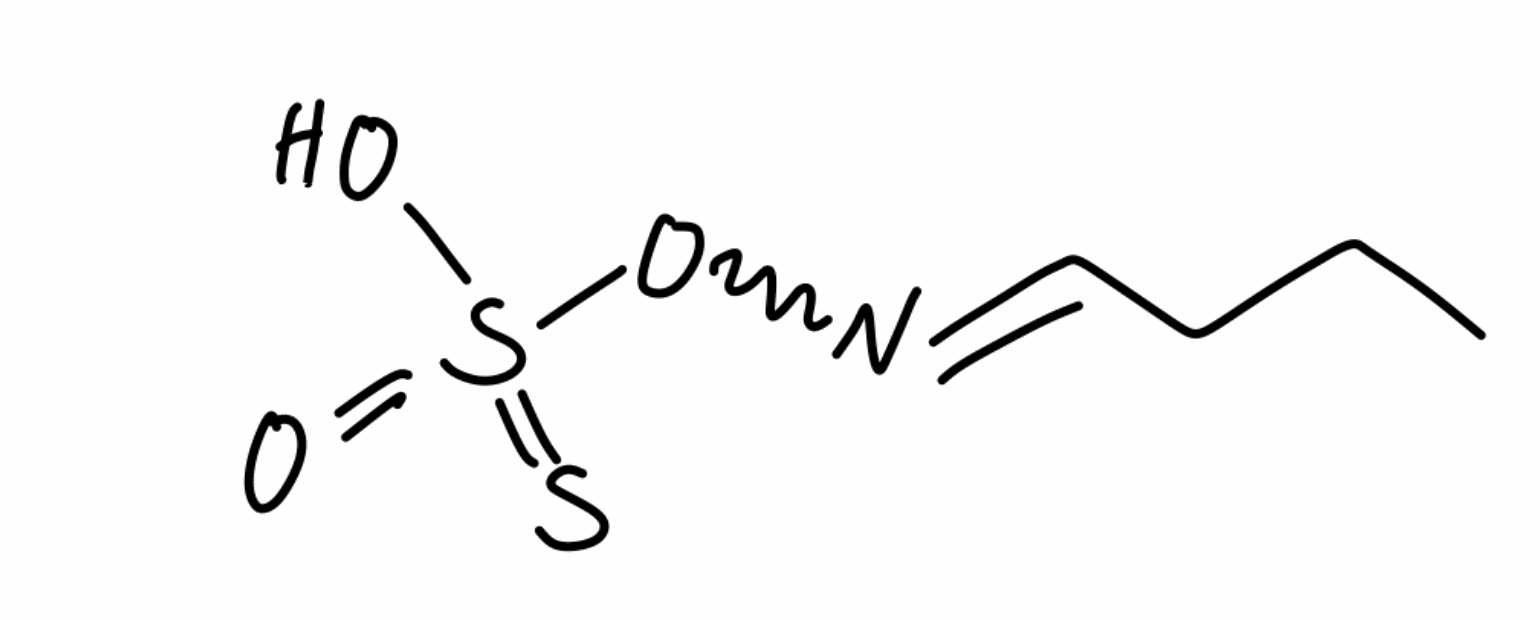
Simplified molecular-input line-entry system (SMILES) notation of the given molecule:
CCCC=NOS(=O)(=S)O